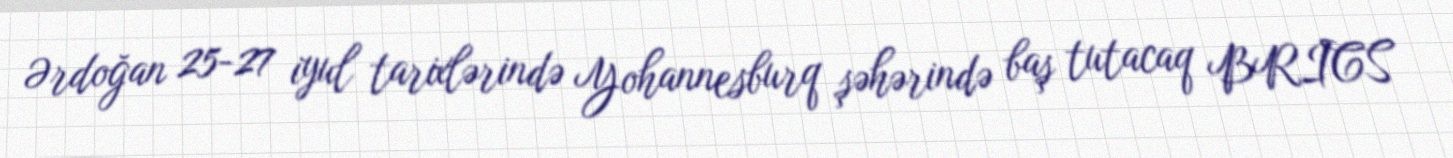
Ərdoğan 25-27 iyul tarixlərində Yohannesburq şəhərində baş tutacaq BRICS